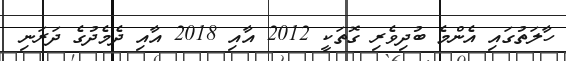
ހާލަތުގައި އެންމެ ބުދިވެރި ގޮތަކީ 2012 އާއި 2018 އާއި ދެމެދުގެ ދަރަނި